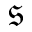
\mathfrak { s }